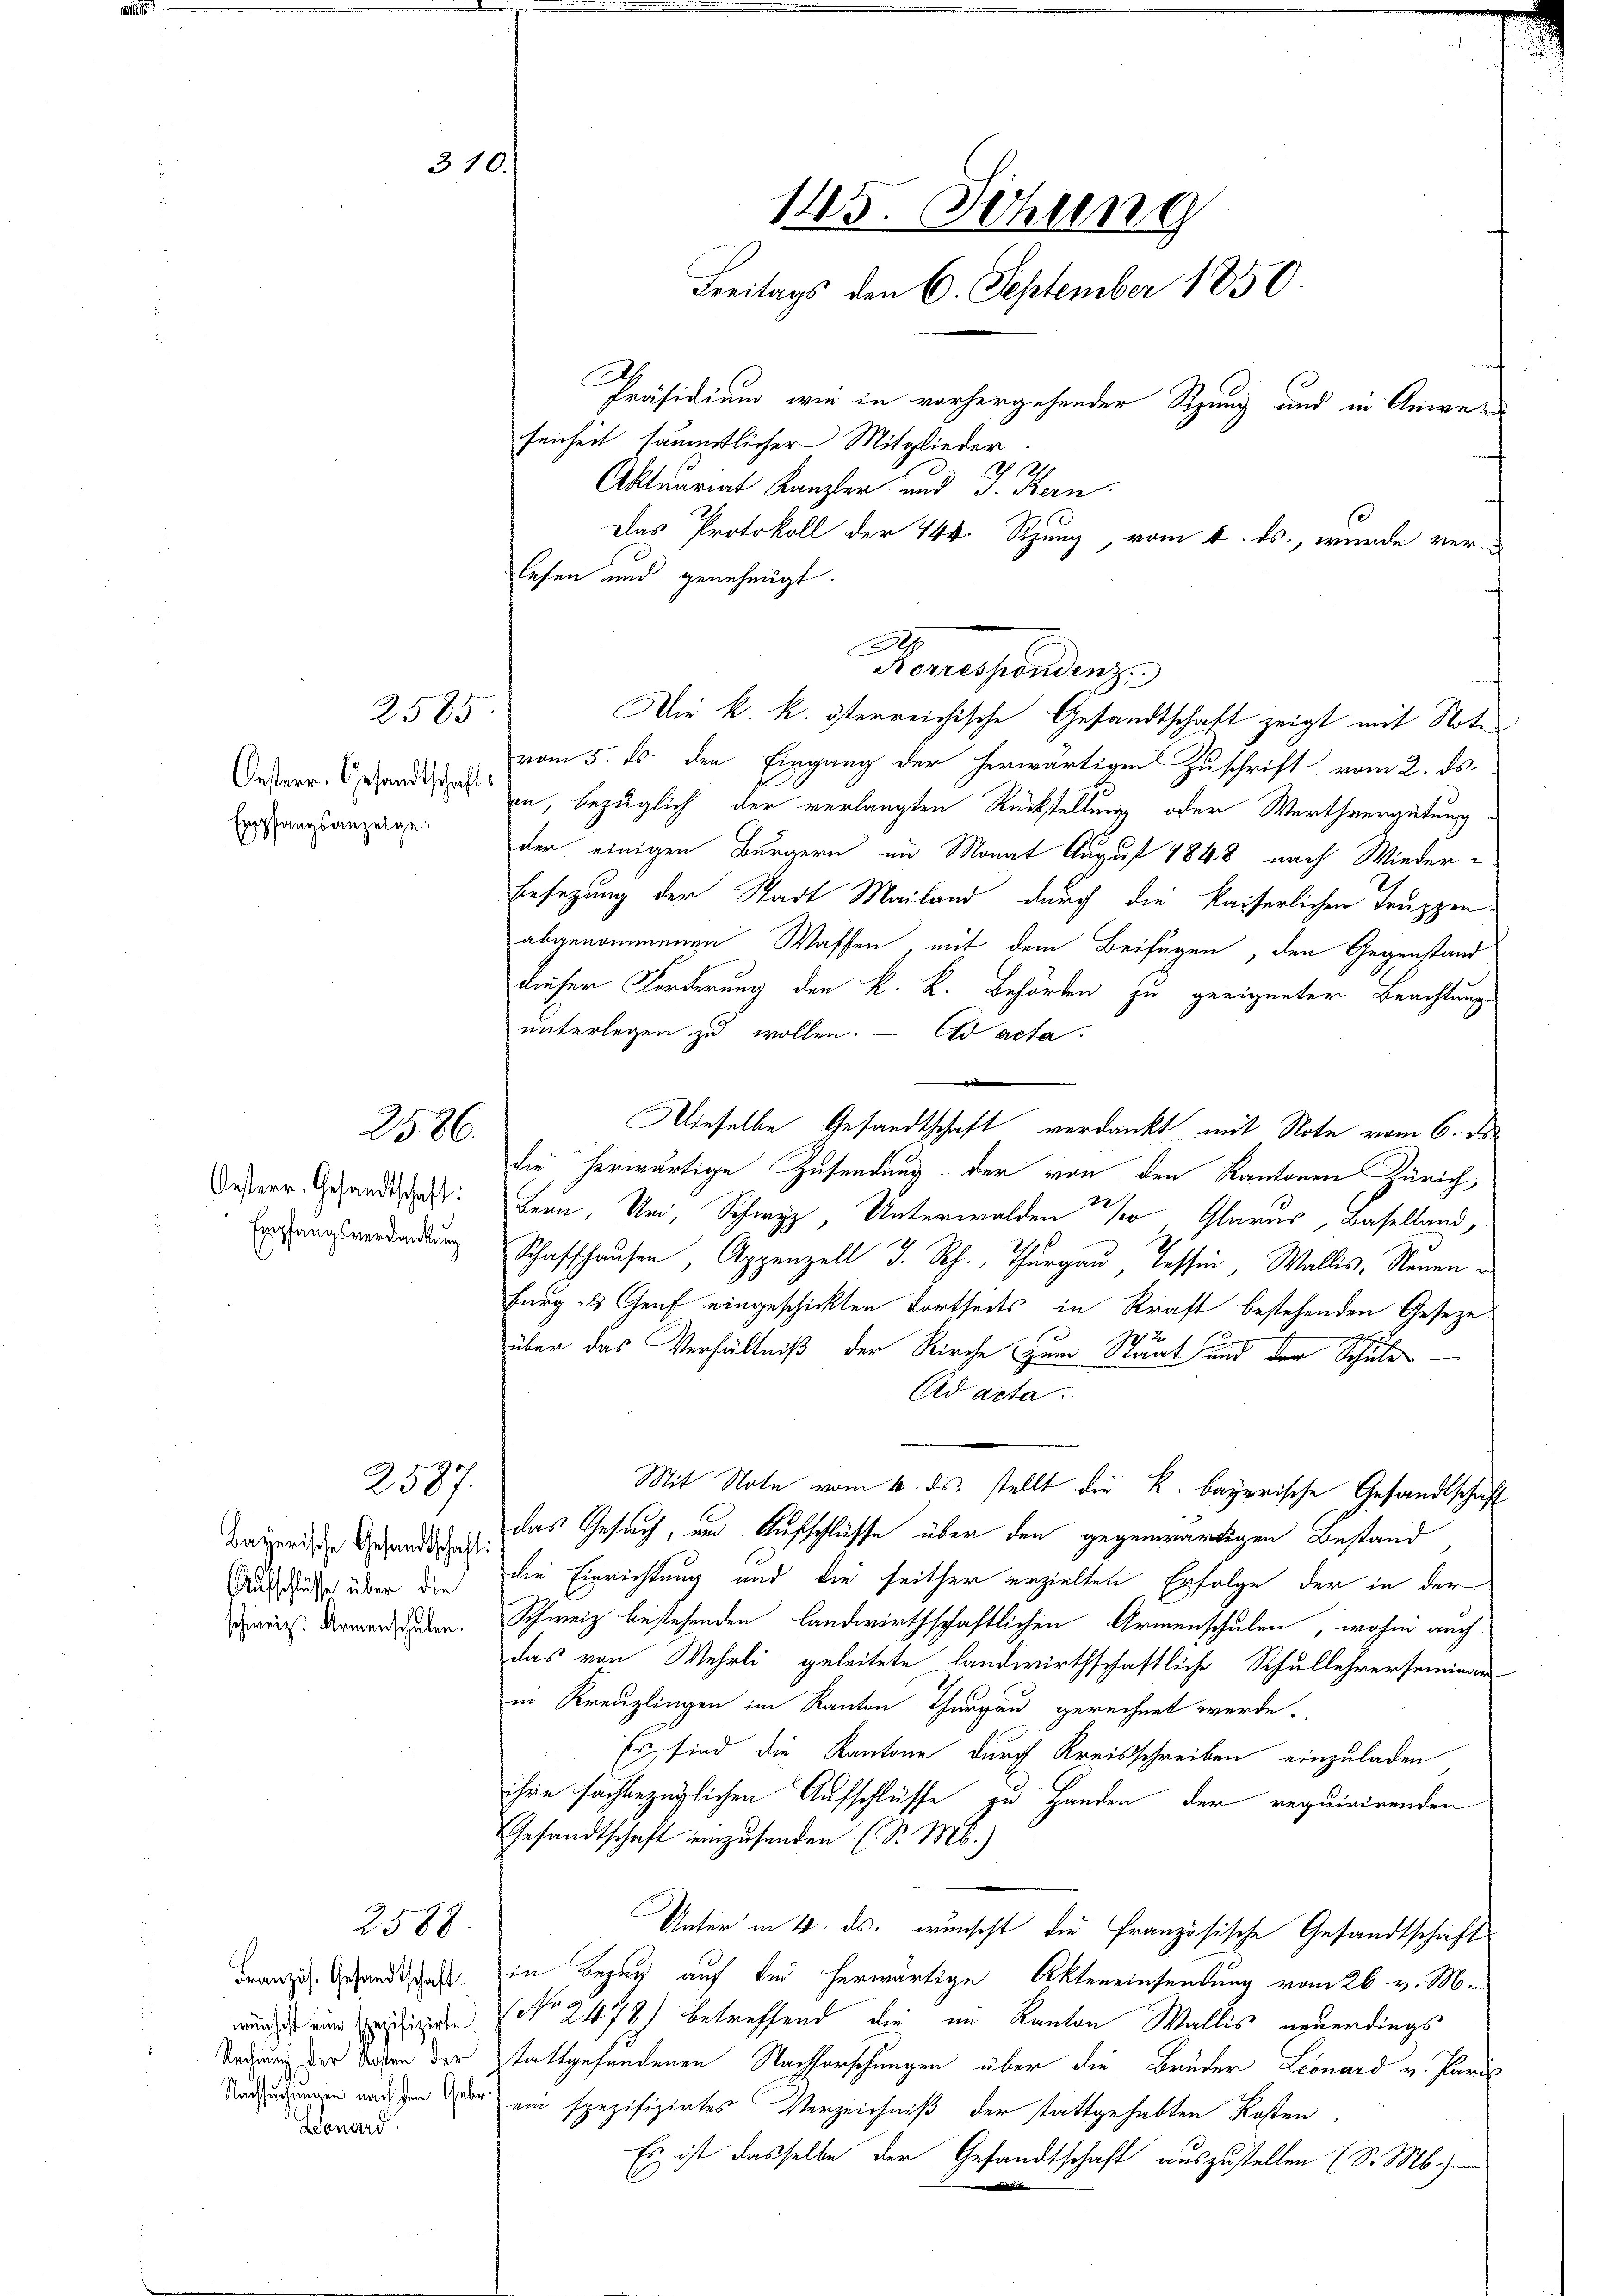
Oesterr. Gesandtschaft:
Empfangsanzeige.

2585

2586.

Oesterr. Gesandtschaft:
Empfangsverdankung

2587.

Aufschlüsse über die
schweiz. Armenschulen.

2588.

Französ. Gesandtschaft.
wünscht eine spezifizirte.
Rechnung der Kosten der
Nachsuchungen nach dem Geb
Zonard.

310.

lesen und genehmigt.
Die k. k. österreichische Gesandtschaft zeigt mit Note
vom 5. ds. den Eingang der herwärtigen Zuschrift vom 2. ds.
on, bezüglich der verlangten Rückstellung oder Werthvergütung
der einigen Bürgern im Monat August 1848 nach Wieder¬
Besetzung der Stadt Mailand durch die kaiserlichen Truppen
abgenommenen Waffen, mit dem Beifügen, den Gegenstand
dieser Forderung den K. K. Behörden zu geeigneter Beachtung
unterlegen zu wollen. - Ad acta.
Dieselbe Gesandtschaft verdankt mit Note vom 6. ds.
die herwärtige Zusendung der von den Kantonen Zürich,
Bern, Uri, Schwyz, Unterwalden so Glarus, Baselland,
Schaffhausen, Appenzell I. Rh., Thurgau, Tessin, Wallis, Neuen¬
Furg- & Genf eingeschickten Fortseits in Kraft bestehenden Geseze
12
über das Verhältniß der Kirche zum Staat und der Schule
Ad acta.
Mit Note vom 6. ds. stellt die k. bayerische Gesandtschaft
dawerden den das Gesuch, und Aufschlüsse über den gegenwärtigen Bestand
die Einrichtung und die seither erzielten Erfolge der in der
Schweiz bestehenden landwirthschaftlichen Armenschulen, wohin auch
das von Wehrli geleitete landwirthschaftliche Schullehrerseminar
in Kreuzlingen im Kanton Thurgau gerechnet werde.
Es sind die Kantone durch Kreisschreiben einzuladen
ihre sachbezüglichen Aufschlüsse zu Handen der requirirenden
Gesandtschaft einzusenden (S. M.)
Unter in 4. ds. wünscht die Französische Gesandtschaft
in Bezug auf die herwärtige Aktereinsendung vom 26. v. M.
(No 2478) betreffend die im Kanton Wallis neuerdings
stattgefundenen Nachforschungen über die Brüder Leonard v. Pard
ein spezifizirtes Verzeichniß der stattgehabten Kosten
Es ist dasselbe der Gesandtschaft auszustellen (S. M.
l
d

145. Sitzung
Freitags den 6. September 1850
Präsidium, wie in vorhergehender Sizung und in Anwesenheit sämmtlicher Mitglieder
Aktuariat Kanzler und J. Kern
Das Protokoll der 144. Rhung, vom 4. ds., wurde ver¬

Temessendenze